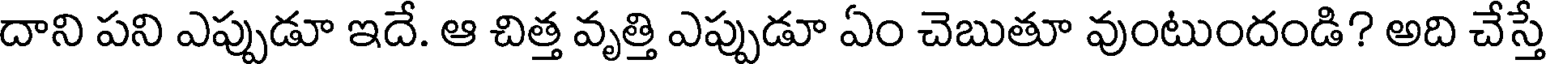
దాని పని ఎప్పుడూ ఇదే. ఆ చిత్త వృత్తి ఎప్పుడూ ఏం చెబుతూ వుంటుందండి? అది చేస్తే